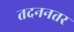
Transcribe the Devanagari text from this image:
तदननतर